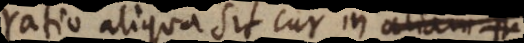
ratio aliqua sit cur in unam